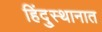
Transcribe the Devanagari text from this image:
हिंदु्स्थानात